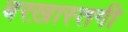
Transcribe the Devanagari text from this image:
बरख़ास्तगी